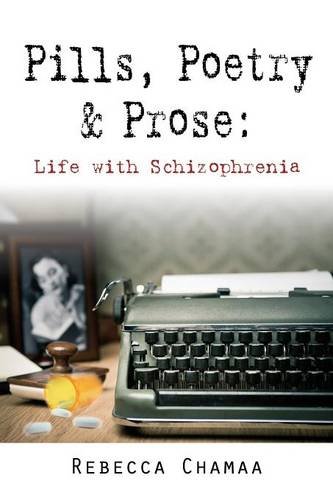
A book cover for PILLS, POETRY & PROSE: Life with Schizophrenia; Rebecca Chamaa; Health, Fitness & Dieting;